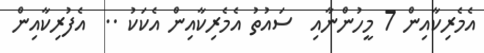
އެމެރިކާއިން 7 މީހުންނާއި  ސައުތު އެމެރިކާއިން އެކަކު ..  އެފުރިކާއިން